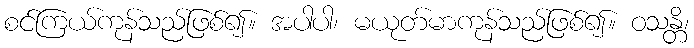
စင်ကြယ်ကုန်သည်ဖြစ်၍။ အပါပါ၊ မယုတ်မာကုန်သည်ဖြစ်၍။ ဝသန္တိ၊